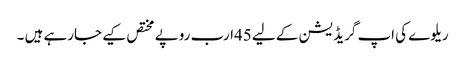
ریلوے کی اپ گریڈ یشن کے لیے 45ارب روپے مختص کیے جارہے ہیں ۔